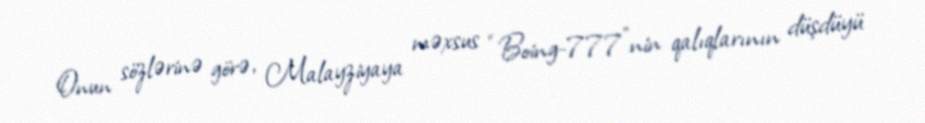
Onun sözlərinə görə, Malayziyaya məxsus “Boing-777”nin qalıqlarının düşdüyü